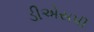
ડીએસપી